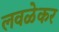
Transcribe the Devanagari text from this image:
लवळेकर